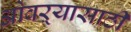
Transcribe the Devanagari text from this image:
ओवऱ्यासाठी